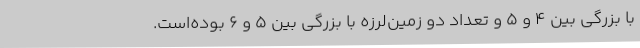
با بزرگی بین ۴ و ۵ و تعداد دو زمین‌لرزه با بزرگی بین ۵ و ۶ بوده‌است.